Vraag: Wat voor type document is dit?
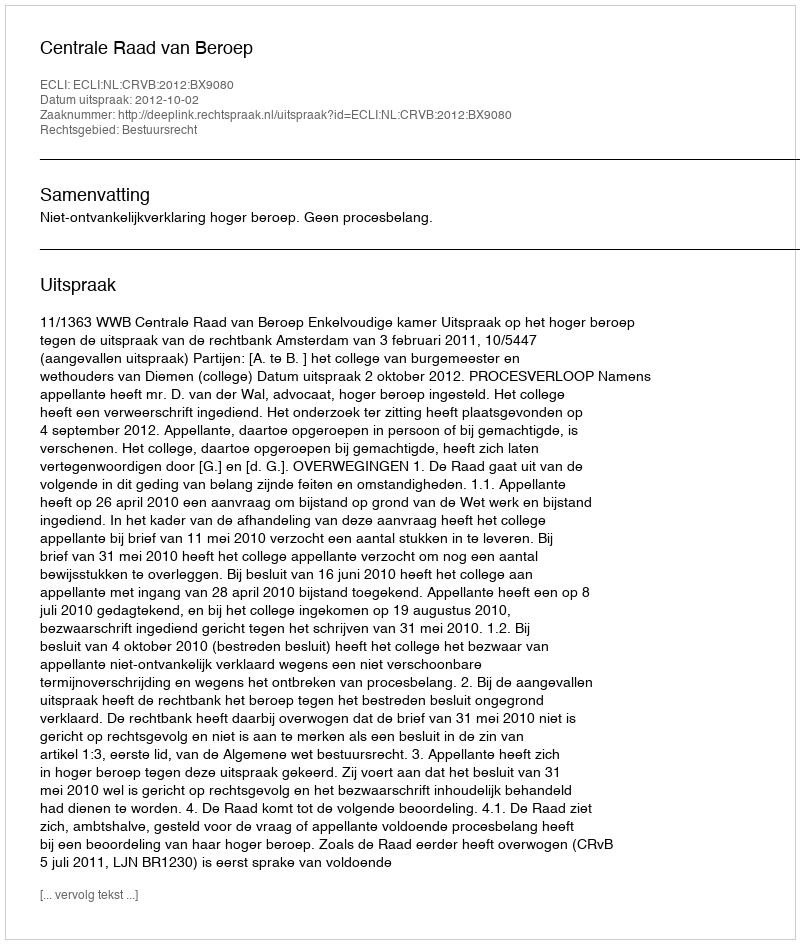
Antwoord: Uitspraak